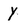
Character: y